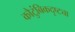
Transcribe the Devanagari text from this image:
कौटुंबिकदृष्ट्या